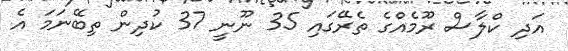
އަދި ކްލާސް ރޫމެއްގެ ތެރޭގައި 35 ނޫނީ 37 ކުދިން ތިބޭނަމަ އެ